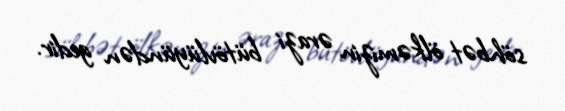
söhbət ölkəmizin ərazi bütövlüyündən gedir.